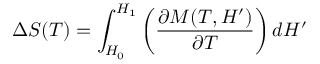
\Delta S ( T ) = \int _ { H _ { 0 } } ^ { H _ { 1 } } \left( { \frac { \partial M ( T , H ^ { \prime } ) } { \partial T } } \right) d H ^ { \prime }